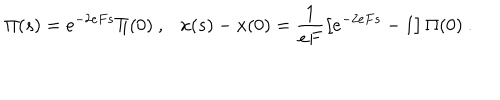
\Pi ( s ) = e ^ { - 2 e F s } \Pi ( 0 ) \ , x ( s ) - x ( 0 ) = \frac { 1 } { e F } \left[ e ^ { - 2 e F s } - 1 \right] \Pi ( 0 ) \ .